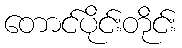
တောင်ပိုင်းတိုင်း